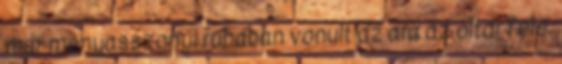
már menyasszonyi ruhában vonult az ara az oltár felé.